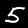
Label: 5